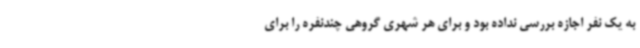
به یک نفر اجازه بررسی نداده بود و برای هر شهری گروهی چندنفره را برای